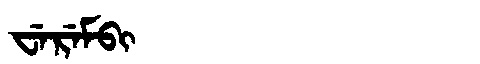
Manchu: ᠸᡝᡵᡝᠮᠪᡳ
Romanization: WEREMBI